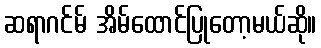
ဆရာဂင်မ် အိမ်ထောင်ပြုတော့မယ်ဆို။